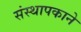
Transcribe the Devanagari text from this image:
संस्थापकाने